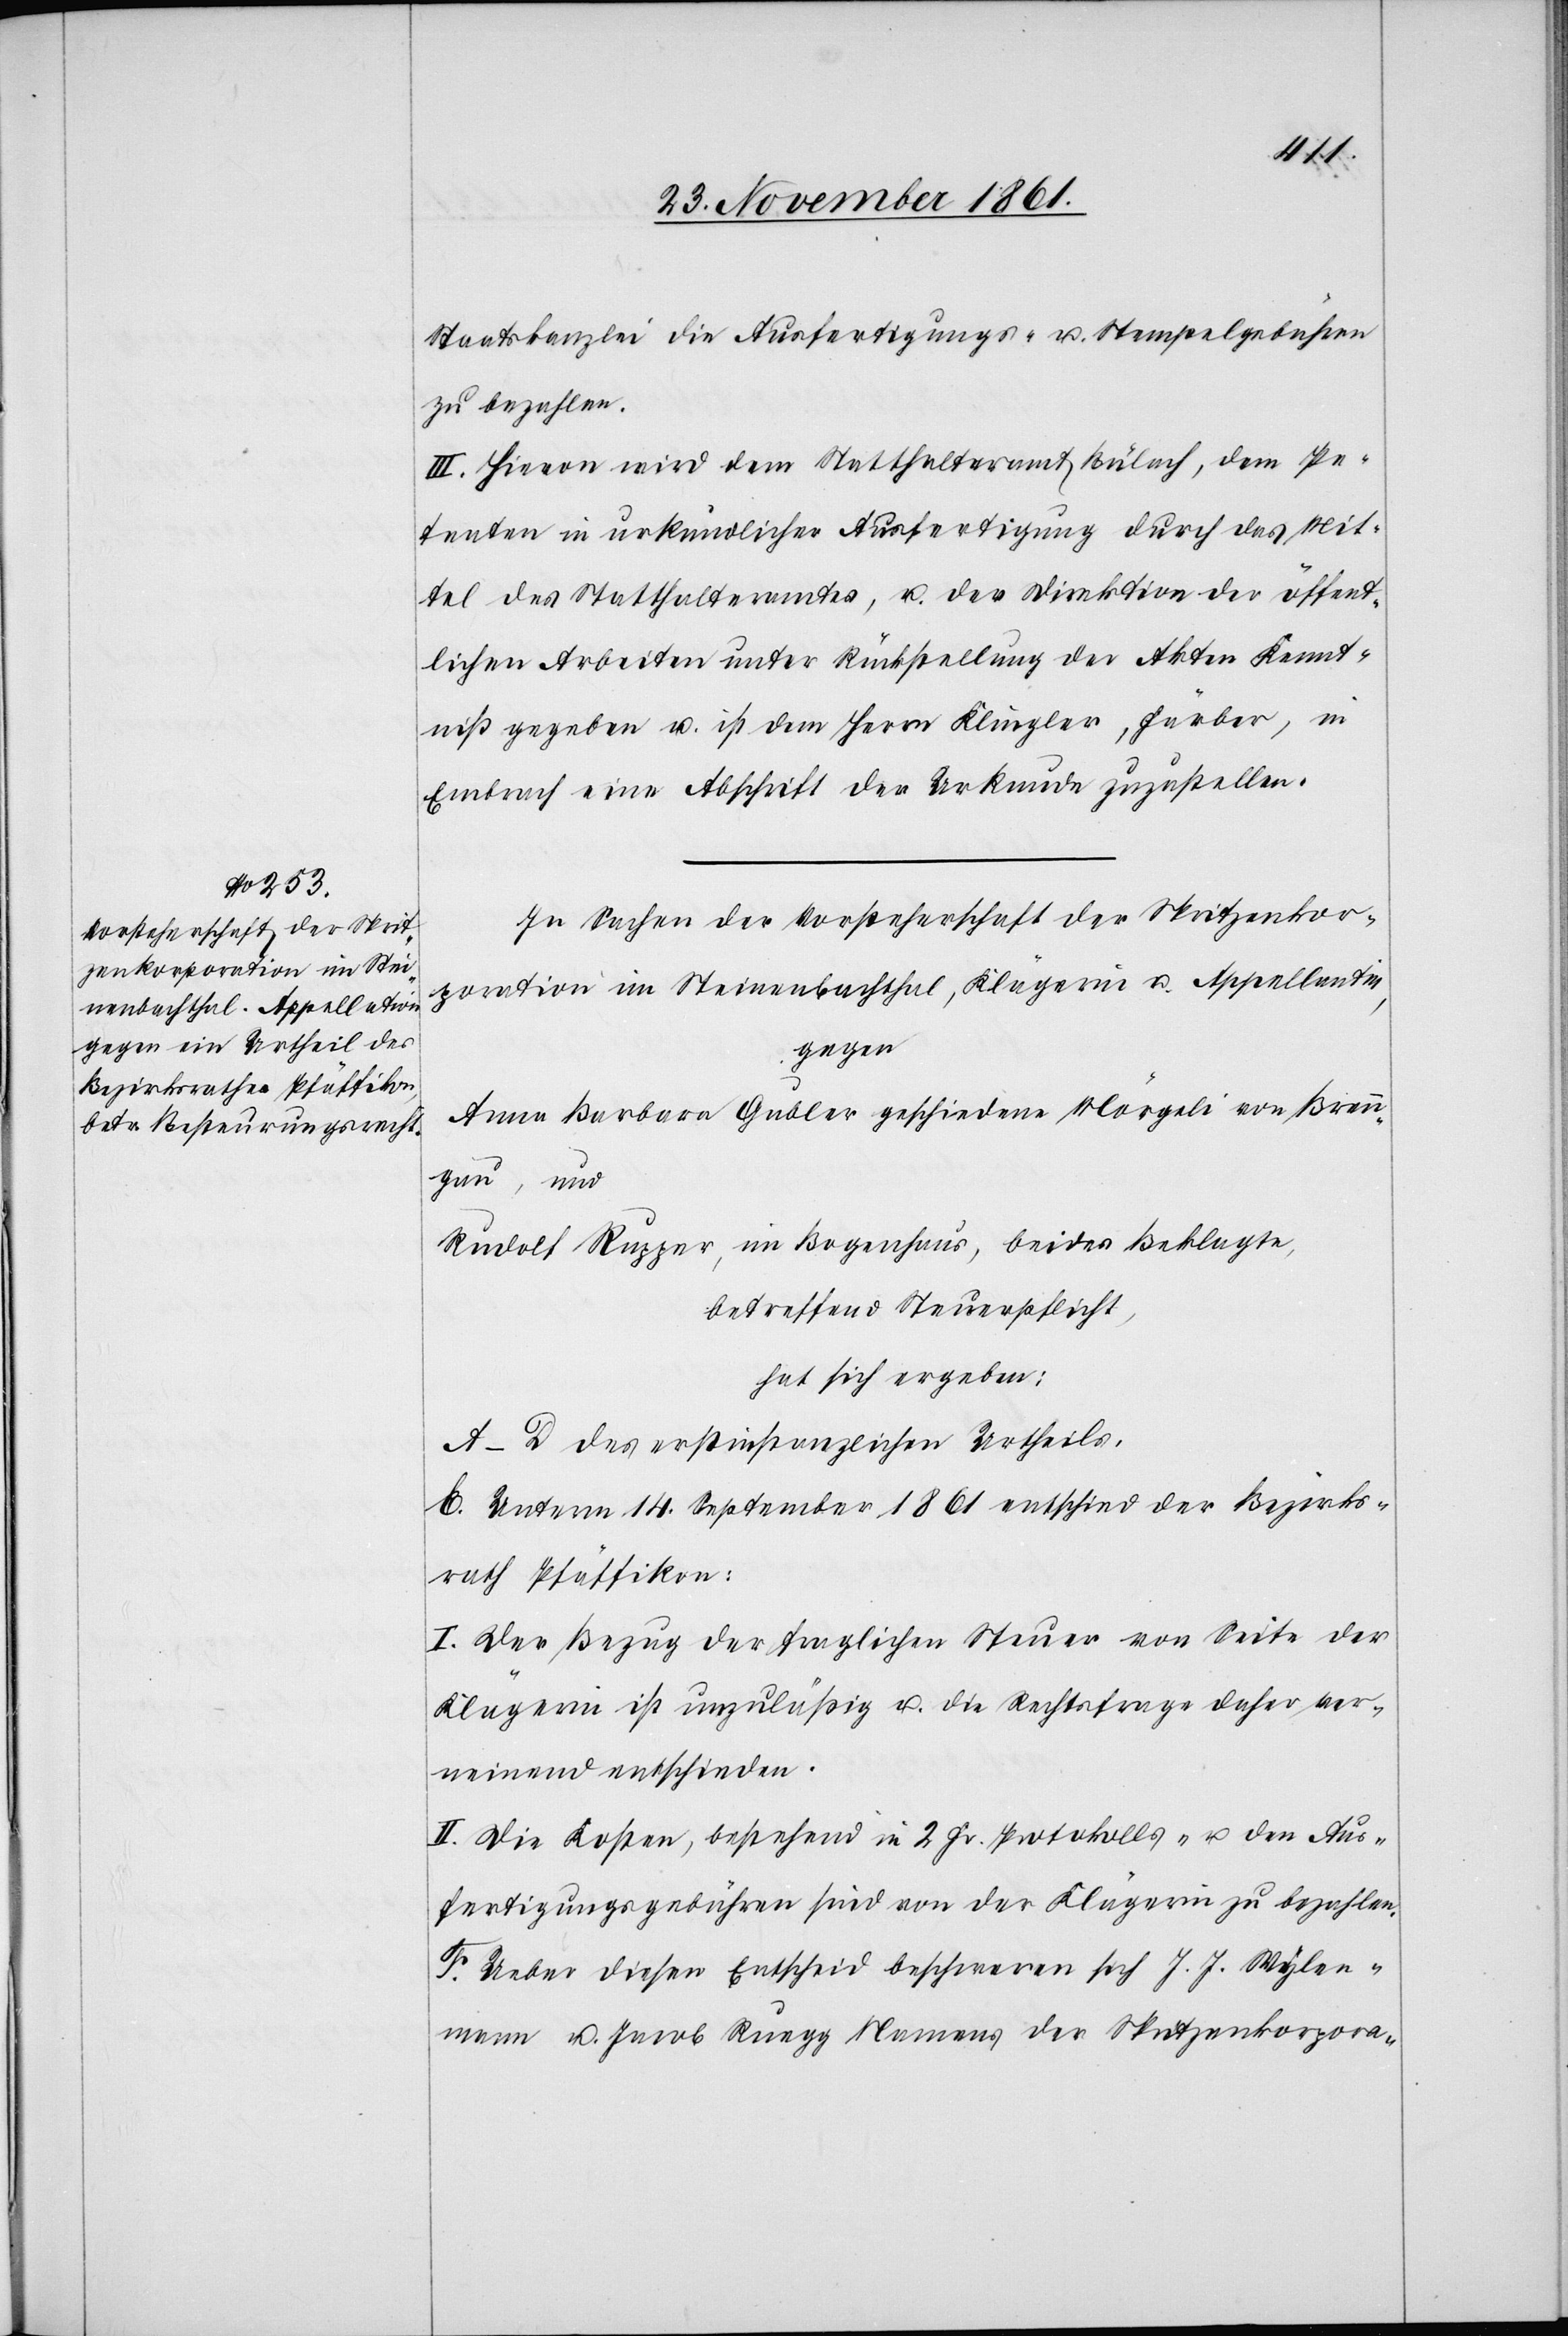
Staatskanzlei die Ausfertigungs- u. Stempelgebühren
zu bezalen.
III. Hievon wird dem Statthalteramt Bülach, dem Pe¬
tenten in urkundlicher Ausfertigung durch das Mit¬
tel des Statthalteramtes, u. der Direktion der öffent¬
lichen Arbeiten unter Rückstellung der Akten Kennt¬
niß gegeben u. ist dem Herrn Bänninger, Färber, in
Embrach eine Abschrift der Urkunde zuzustellen.
In Sachen der Vorsteherschaft der Spritzenkor¬
poration im Steinenbachthal, Klägerin u. Appellantin,
gegen
Anna Barbara Gubler geschiedene Mörgeli von Brenn¬
gau, und
Rudolf Rugger, im Bogenhaus, beides Beklagte,
betreffend Steuerpflicht,
hat sich ergeben:
A–D. des erstinstanzlichen Urtheils.
E. Unterm 14 September 1861 entschied der Bezirks¬
rath Pfäffikon:
I. Der Bezug der fraglichen Steuer von Seite der
Klägerin ist unzuläßig u. die Rechtsfrage daher ver¬
neinend entschieden.
II. Die Kosten, bestehend in 2 Fr. Protokolls- u. den Aus¬
fertigungsgebühren sind von der Klägerin zu bezahlen.
F. Ueber diesen Entscheid beschweren sich J. J. Wyler¬
mann u. Jacob Ruegg Namens der Spritzenkorpora-